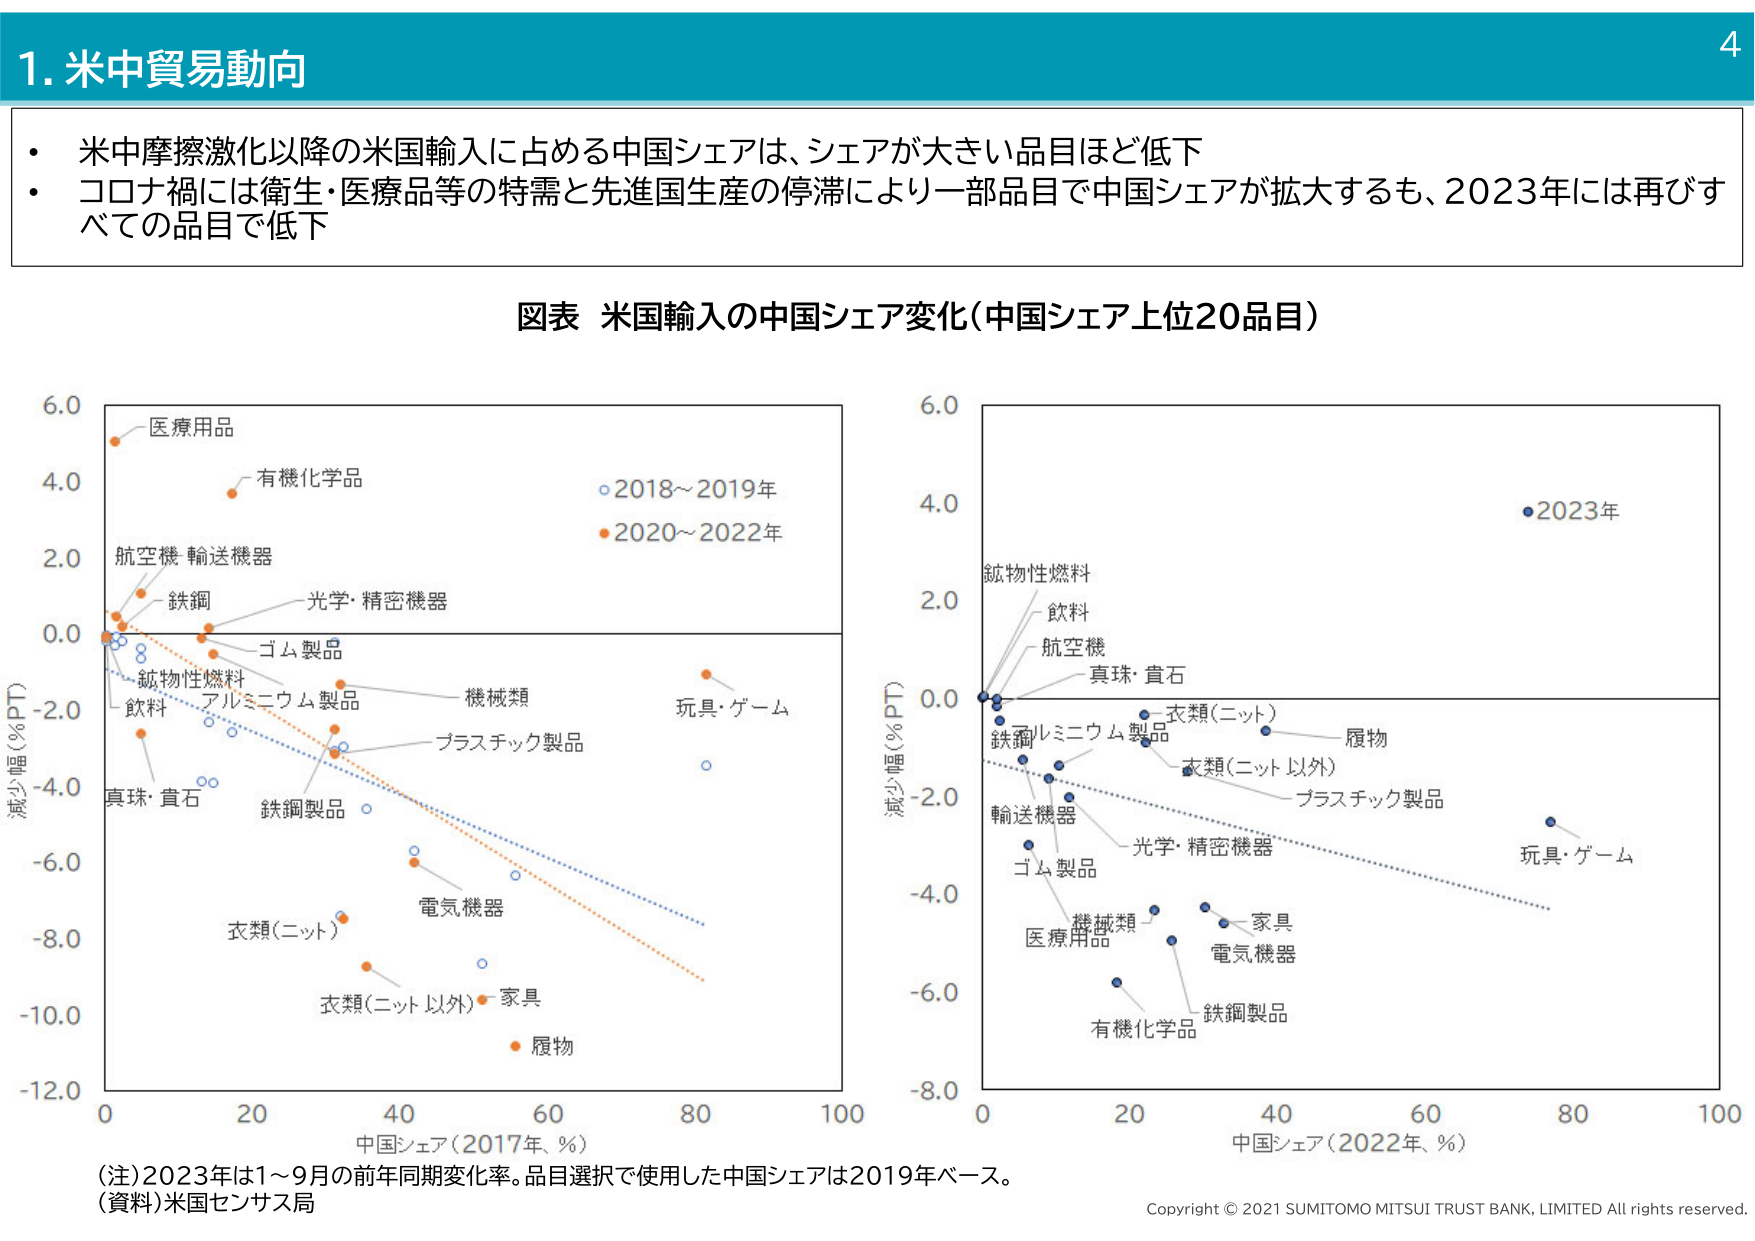
1. 米中貿易動向

・米中摩擦激化以降の米国輸入に占める中国シェアは、シェアが大きい品目ほど低下
・コロナ禍には衛生・医療品等の特需と先進国生産の停滞により一部品目で中国シェアが拡大するも、2023年には再びすべての品目で低下

図表 米国輸入の中国シェア変化（中国シェア上位20品目）

（左図）
○ 2018～2019年
● 2020～2022年

縦軸：減少幅（%PT）
横軸：中国シェア（2017年、%）

データ点ラベル：
- 医療用品
- 有機化学品
- 航空機・輸送機器
- 鉄鋼
- 光学・精密機器
- ゴム製品
- 鉱物性燃料
- アルミニウム製品
- 機械類
- プラスチック製品
- 玩具・ゲーム
- 飲料
- 真珠・貴石
- 鉄鋼製品
- 電気機器
- 衣類（ニット）
- 衣類（ニット以外）
- 家具
- 履物

（右図）
● 2023年

縦軸：減少幅（%PT）
横軸：中国シェア（2022年、%）

データ点ラベル：
- 鉱物性燃料
- 飲料
- 航空機
- 真珠・貴石
- 衣類（ニット）
- 履物
- 鉄鋼
- アルミニウム製品
- 衣類（ニット以外）
- プラスチック製品
- 輸送機器
- 光学・精密機器
- ゴム製品
- 機械類
- 医療用品
- 家具
- 電気機器
- 有機化学品
- 鉄鋼製品
- 玩具・ゲーム

（注）2023年は1～9月の前年同期変化率。品目選択で使用した中国シェアは2019年ベース。
（資料）米国センサス局

Copyright © 2021 SUMITOMO MITSUI TRUST BANK, LIMITED All rights reserved.

4